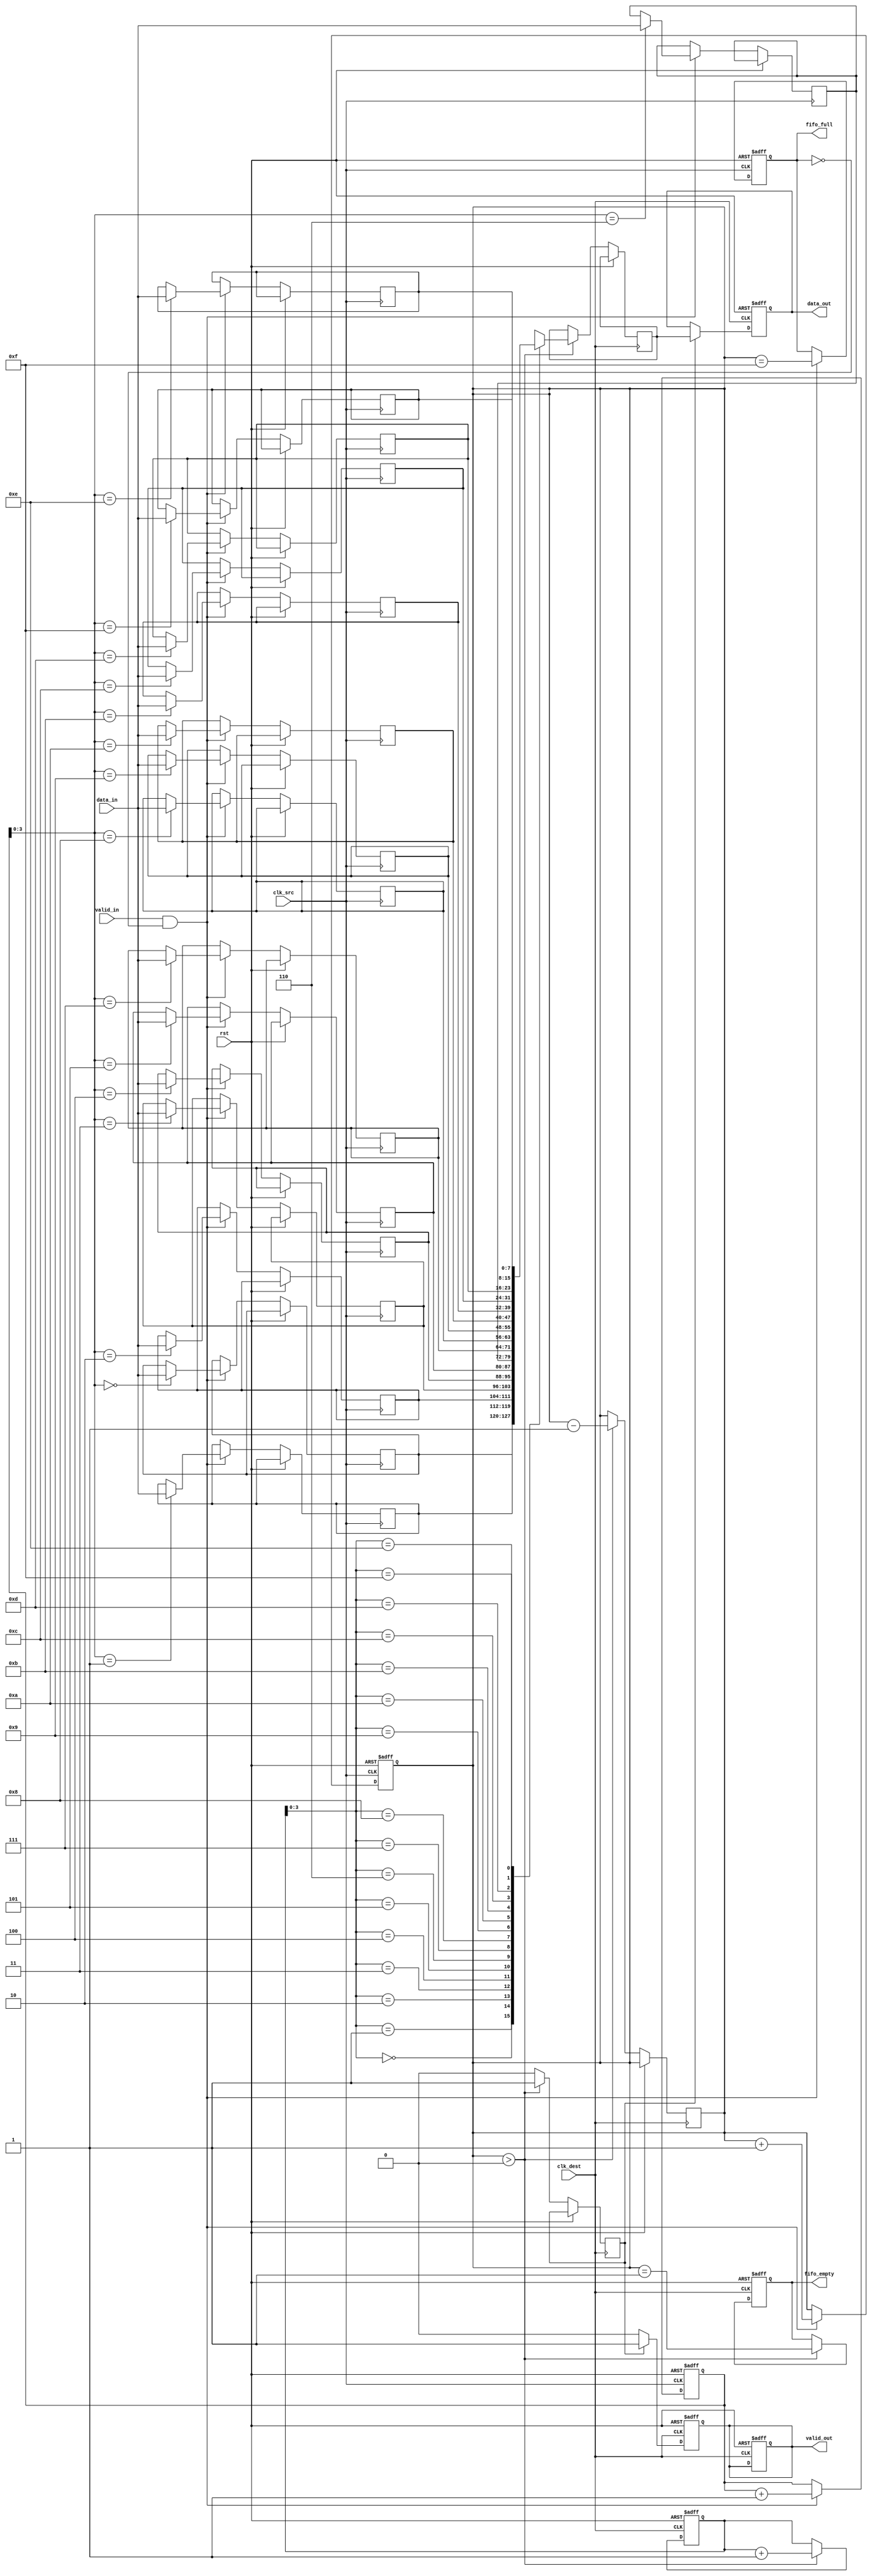
module burst_mode_synchronizer #(
    parameter DATA_WIDTH = 8,      // Width of the data
    parameter FIFO_DEPTH = 16       // Depth of the FIFO
)(
    input wire clk_src,             // Source clock
    input wire clk_dest,            // Destination clock
    input wire rst,                 // Reset signal
    input wire [DATA_WIDTH-1:0] data_in, // Data input from source clock domain
    input wire valid_in,            // Valid signal for input data
    output reg [DATA_WIDTH-1:0] data_out, // Data output to destination clock domain
    output reg valid_out,           // Valid signal for output data
    output reg fifo_full,           // FIFO full indicator
    output reg fifo_empty           // FIFO empty indicator
);

// FIFO buffer implementation
reg [DATA_WIDTH-1:0] fifo [0:FIFO_DEPTH-1];
reg [4:0] write_ptr;  // Write pointer
reg [4:0] read_ptr;   // Read pointer
reg [4:0] fifo_count;  // FIFO item count

// Initialize FIFO pointers and count
always @(posedge clk_src or posedge rst) begin
    if (rst) begin
        write_ptr <= 5'b0;
        fifo_count <= 5'b0;
        fifo_full <= 1'b0;
    end else begin
        if (valid_in && !fifo_full) begin
            fifo[write_ptr] <= data_in; // Write data to FIFO
            write_ptr <= write_ptr + 1;
            fifo_count <= fifo_count + 1;
            fifo_full <= (fifo_count == FIFO_DEPTH - 1);
        end
    end
end

// Metastability prevention and synchronization of data
reg [DATA_WIDTH-1:0] sync_data;
reg sync_valid;

// Synchronization stage
always @(posedge clk_dest or posedge rst) begin
    if (rst) begin
        read_ptr <= 5'b0;
        valid_out <= 1'b0;
        fifo_empty <= 1'b1;
    end else begin
        if (fifo_count > 0) begin
            sync_data <= fifo[read_ptr]; // Synchronize data
            sync_valid <= 1'b1;           // Data is valid
            read_ptr <= read_ptr + 1;
            fifo_count <= fifo_count - 1;
            fifo_empty <= (fifo_count == 1);
        end else begin
            sync_valid <= 1'b0;           // No data available
        end
    end
end

// Output stage
always @(posedge clk_dest or posedge rst) begin
    if (rst) begin
        data_out <= {DATA_WIDTH{1'b0}};
        valid_out <= 1'b0;
    end else begin
        if (sync_valid) begin
            data_out <= sync_data;      // Output synchronized data
            valid_out <= 1'b1;          // Data is valid for output
        end else begin
            valid_out <= 1'b0;          // No valid data to output
        end
    end
end

endmodule